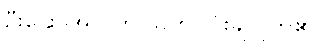
ဦးဌေးအောင်က သက်ပြင်းချလိုက်၏။